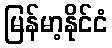
မြန်မာ့နိုင်ငံ